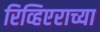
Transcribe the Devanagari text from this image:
रिव्हिएराच्या